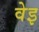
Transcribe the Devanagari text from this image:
वेइ